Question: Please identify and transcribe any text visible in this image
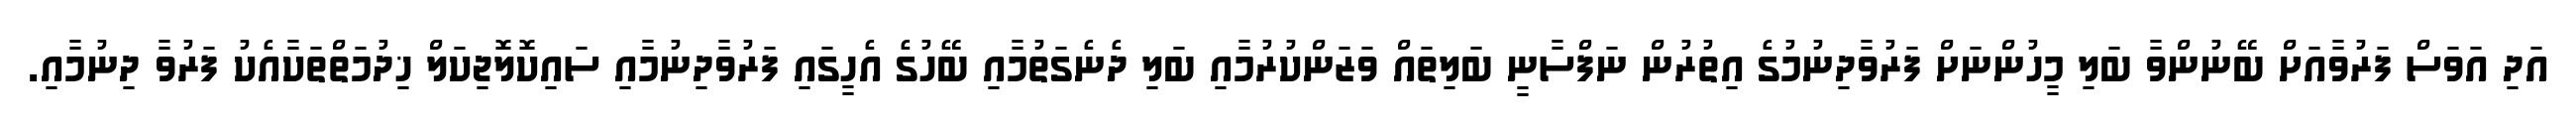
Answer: އަދި އަވަސް ފަރުވާއަށް ބޭނުންވާ ބަލި މީހުންނަށް ފަރުވާދިނުމުގެ އިތުރުން ނަފްސާނީ ބަލިތައް ވަޒަންކުރުމާއި ބަލި ދެނެގަތުމާއި ބޭހުގެ އެހީގައި ފަރުވާދިނުމާއި ސައިކޮލޮޖިކަލް ޚިދުމަތްތަކާއެކު ފަރުވާ ދިނުމާއި.